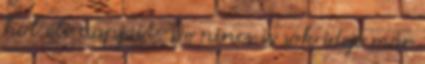
hol éli napjait. De nincs is sok ideje már